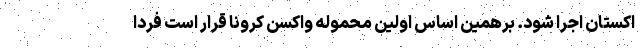
اکستان اجرا شود. برهمین اساس اولین محموله واکسن کرونا قرار است فردا